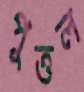
পুত্তল